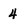
Character: 4